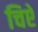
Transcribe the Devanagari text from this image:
चिऐ